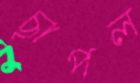
ছাপল